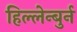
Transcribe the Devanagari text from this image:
हिल्लेन्बुर्न